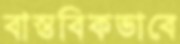
বাস্তবিকভাবে